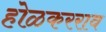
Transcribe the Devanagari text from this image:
होळकरराव